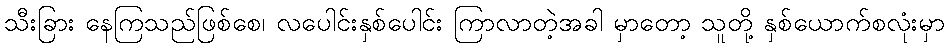
သီးခြား နေကြသည်ဖြစ်စေ၊ လပေါင်းနှစ်ပေါင်း ကြာလာတဲ့အခါ မှာတော့ သူတို့ နှစ်ယောက်စလုံးမှာ